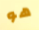
هو